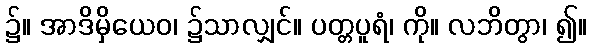
၌။ အာဒိမှိယေဝ၊ ၌သာလျှင်။ ပတ္တပူရံ၊ ကို။ လဘိတွာ၊ ၍။